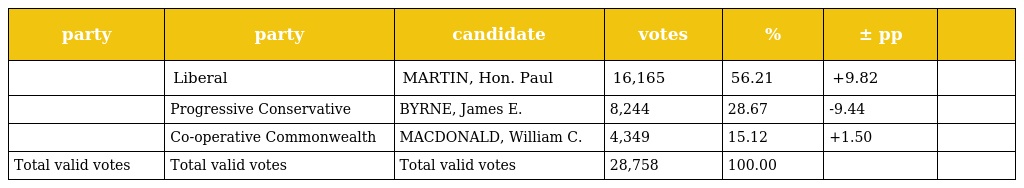
| party | party | candidate | votes | % | ± pp |  |
 | --- | --- | --- | --- | --- | --- | --- |
 |  | Liberal | MARTIN, Hon. Paul | 16,165 | 56.21 | +9.82 |  |
 |  | Progressive Conservative | BYRNE, James E. | 8,244 | 28.67 | -9.44 |  |
 |  | Co-operative Commonwealth | MACDONALD, William C. | 4,349 | 15.12 | +1.50 |  |
 | Total valid votes | Total valid votes | Total valid votes | 28,758 | 100.00 |  |  |